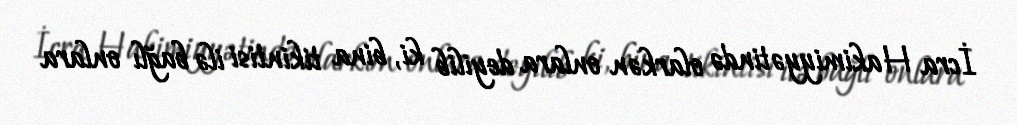
İcra Hakimiyyətində olarkən onlara deyilib ki, bina tikintisi ilə bağlı onlara